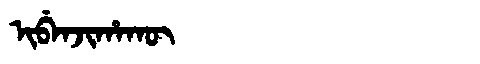
Manchu: ᡳᠪᡝᠨᠵᡳᡥᠠᡴᡡ
Romanization: IBENJIHAKŪ